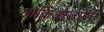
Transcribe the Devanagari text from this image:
आर्किओलॉजी